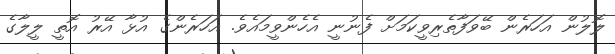
ލޮލުން އަހަރެން ބޭވަފާތެރިވީކަމަށް ފެނުނީ އެހެންވީމައެވެ. އަހަރެންގެ އުޅާ އޭރު އޮތީ ލީލާގެ